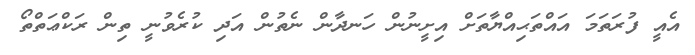
އެއީ ފުރަތަމަ އައްތަޙިއްޔާތަށް އިށީނުން ހަނދާން ނެތުން އަދި ކުރެވުނީ ތިން ރަކްޢަތްތޯ